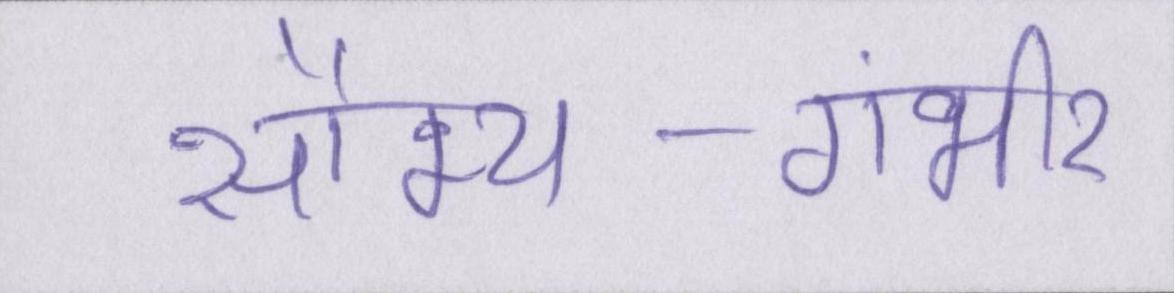
सौम्य-गंभीर